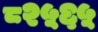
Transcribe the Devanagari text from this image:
८२५६५